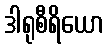
ဒါရုစီရိယော